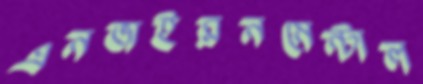
এনভাইরনমেন্টাল